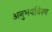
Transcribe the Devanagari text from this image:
अनुभवविश्‍व